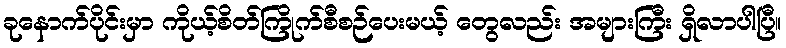
ခုနောက်ပိုင်းမှာ ကိုယ့်စိတ်ကြိုက်စီစဉ်ပေးမယ့် တွေလည်း အများကြီး ရှိလာပါပြီ။